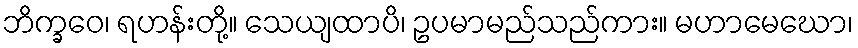
ဘိက္ခဝေ၊ ရဟန်းတို့။ သေယျထာပိ၊ ဥပမာမည်သည်ကား။ မဟာမေဃော၊